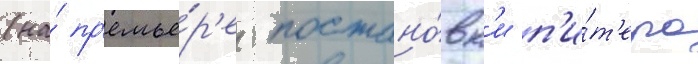
(на́ пр'емье́р'е постано́вк'и п'и́т'ера